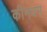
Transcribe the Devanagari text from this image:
कीनधम